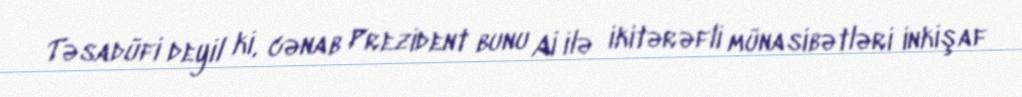
Təsadüfi deyil ki, cənab Prezident bunu Aİ ilə ikitərəfli münasibətləri inkişaf